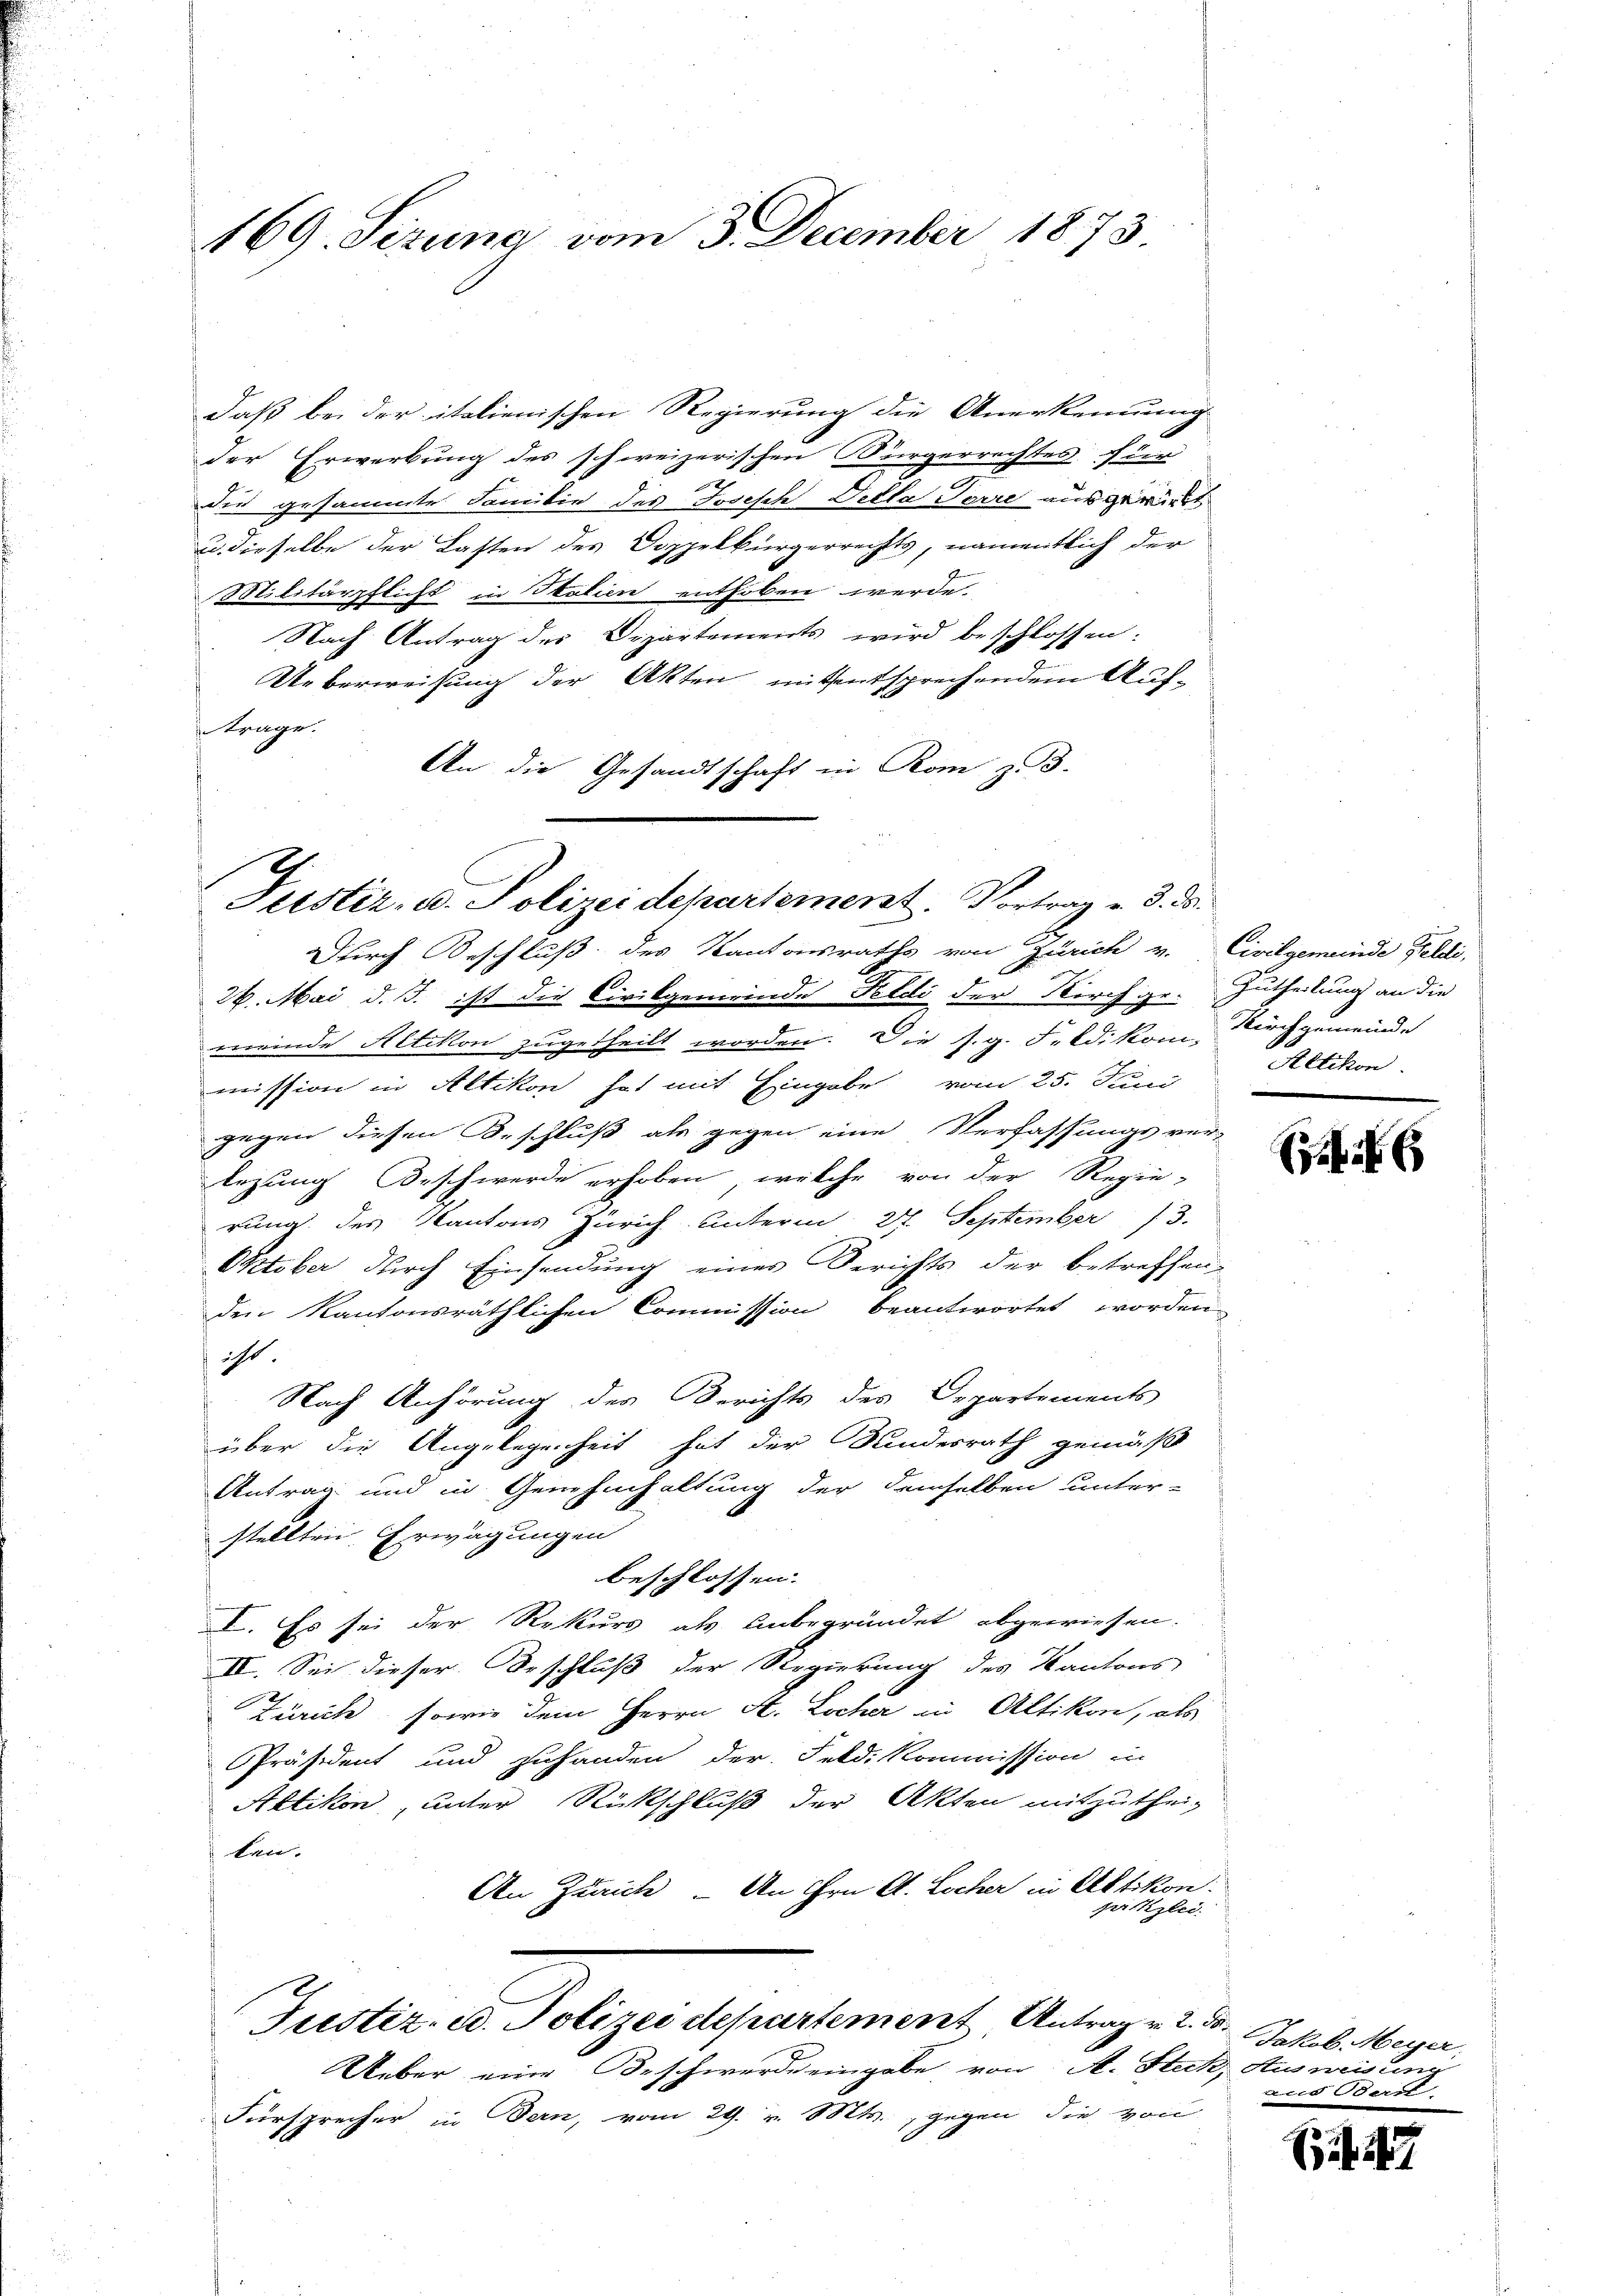
169. Sizung vom 3. December 1873

daß bei der italienischen Regierung die Anerkennung
der Erwerbung des schweizerischen Bürgerrechtes für
die gesammte Familie des Joseph Sella Torre ausgewirkt
u. dieselbe der Lasten des Doppelbürgerrechts, namentlich der
Militärpflicht in Italien enthoben werde.
Nach Antrag der Departements wird beschlossen:
Ueberweisung der Akten mit entsprechendem Auftrage.
An die Gesandtschaft in Rom z. B.

Justiz- u. Polizeidepartement. Vortrag v. 3. ds.

Durch Beschluß des Kantonsraths von Zürich v. Civilgemeinde Feldi,
26. Mai d. J. ist die Civilgemeinde Feldi der Kirchgr. Zutheilung an die
meinde Altikon zugetheilt worden. Die s. g. Feldikon, Kirchgemeinde
mission in Altikon hat mit Eingabe vom 25. Juni
gegen diesen Beschluß als gegen eine Verfassungsver-
legung Beschwerde erhoben, welche von der Regie-
rung des Kantons Zürich unterm 27. September 13.
Oktober durch Einsendung eines Gerichts der betreffen-
den Kantonsräthlichen Commission beantwortet worden
hicht
Nach Anhörung des Berichts des Departements
über die Angelegenheit hat der Bundesrath gemäß
Antrag und in Genehmhaltung der demselben unter-
stellten Erwägungen
beschlossen.
I. Es sei der Rekurs als unbegründet abgewiesen.
II. Sei dieser Beschluß der Regierung des Kantons
Zürich, sowie dem Herrn A. Locher in Altikon, als
Präsident und zuhanden der Feldi Kommission in
Altikon, unter Rückschluß der Akten mitzuthei-
ken.
An Zürich. An Hrn. A. Locher in Altikon.
pritzlei.

Justiz- u. Polizei departement Antrag v. 2. d.

Ueber eine Beschwerde eingabe von A. Steck, Ausweisung
Fürsprecher in Bern, vom 29. v. Mts., gegen die von

Aetikon

Jakob Meyer,
 Bern

.
if. 21